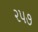
૨૫૭